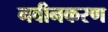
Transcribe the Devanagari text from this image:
नवीनकरण